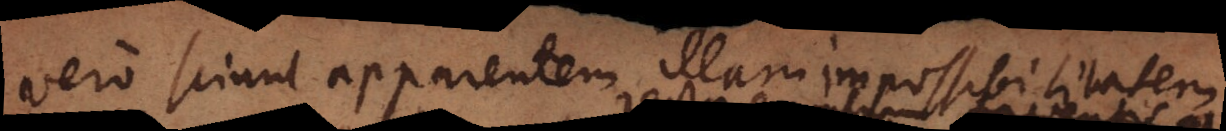
vero sciunt apparentem illam impossibilitatem